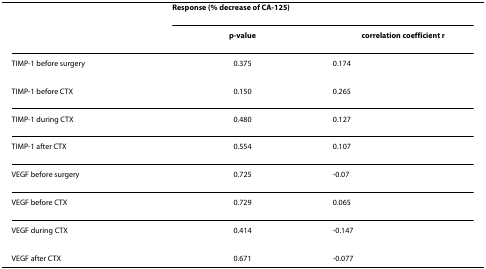
|  | <COLSPAN=2> Response (% decrease of CA-125) |
 |  | p-value | correlation coefficient r |
 | --- | --- | --- |
 | TIMP-1 before surgery | 0.375 | 0.174 |
 | TIMP-1 before CTX | 0.150 | 0.265 |
 | TIMP-1 during CTX | 0.480 | 0.127 |
 | TIMP-1 after CTX | 0.554 | 0.107 |
 | VEGF before surgery | 0.725 | -0.07 |
 | VEGF before CTX | 0.729 | 0.065 |
 | VEGF during CTX | 0.414 | -0.147 |
 | VEGF after CTX | 0.671 | -0.077 |